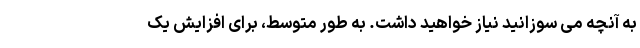
به آنچه می سوزانید نیاز خواهید داشت. به طور متوسط، برای افزایش یک